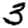
Digit: 3